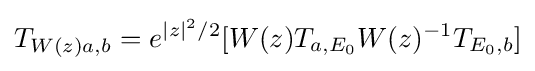
T_{W(z)a,b}=e^{|z|^{2}/2}[W(z)T_{a,E_{0}}W(z)^{-1}T_{E_{0},b}]